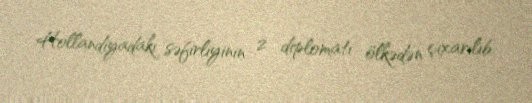
Hollandiyadakı səfirliyinin 2 diplomatı ölkədən çıxarılıb.